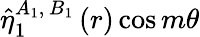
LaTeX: \hat{\eta}_{1}^{A_{1},\, B_{1}}\left(r\right)\cos{m\theta}